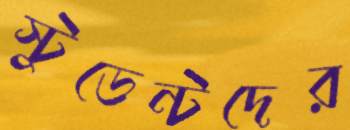
স্টুডেন্টদের